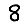
Digit: 8